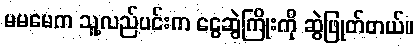
မမမေက သူ့လည်ပင်းက ငွေဆွဲကြိုးကို ဆွဲဖြုတ်တယ်။